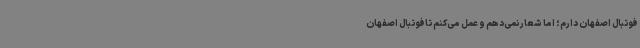
فوتبال اصفهان دارم؛ اما شعار نمی‌دهم و عمل می‌کنم تا فوتبال اصفهان